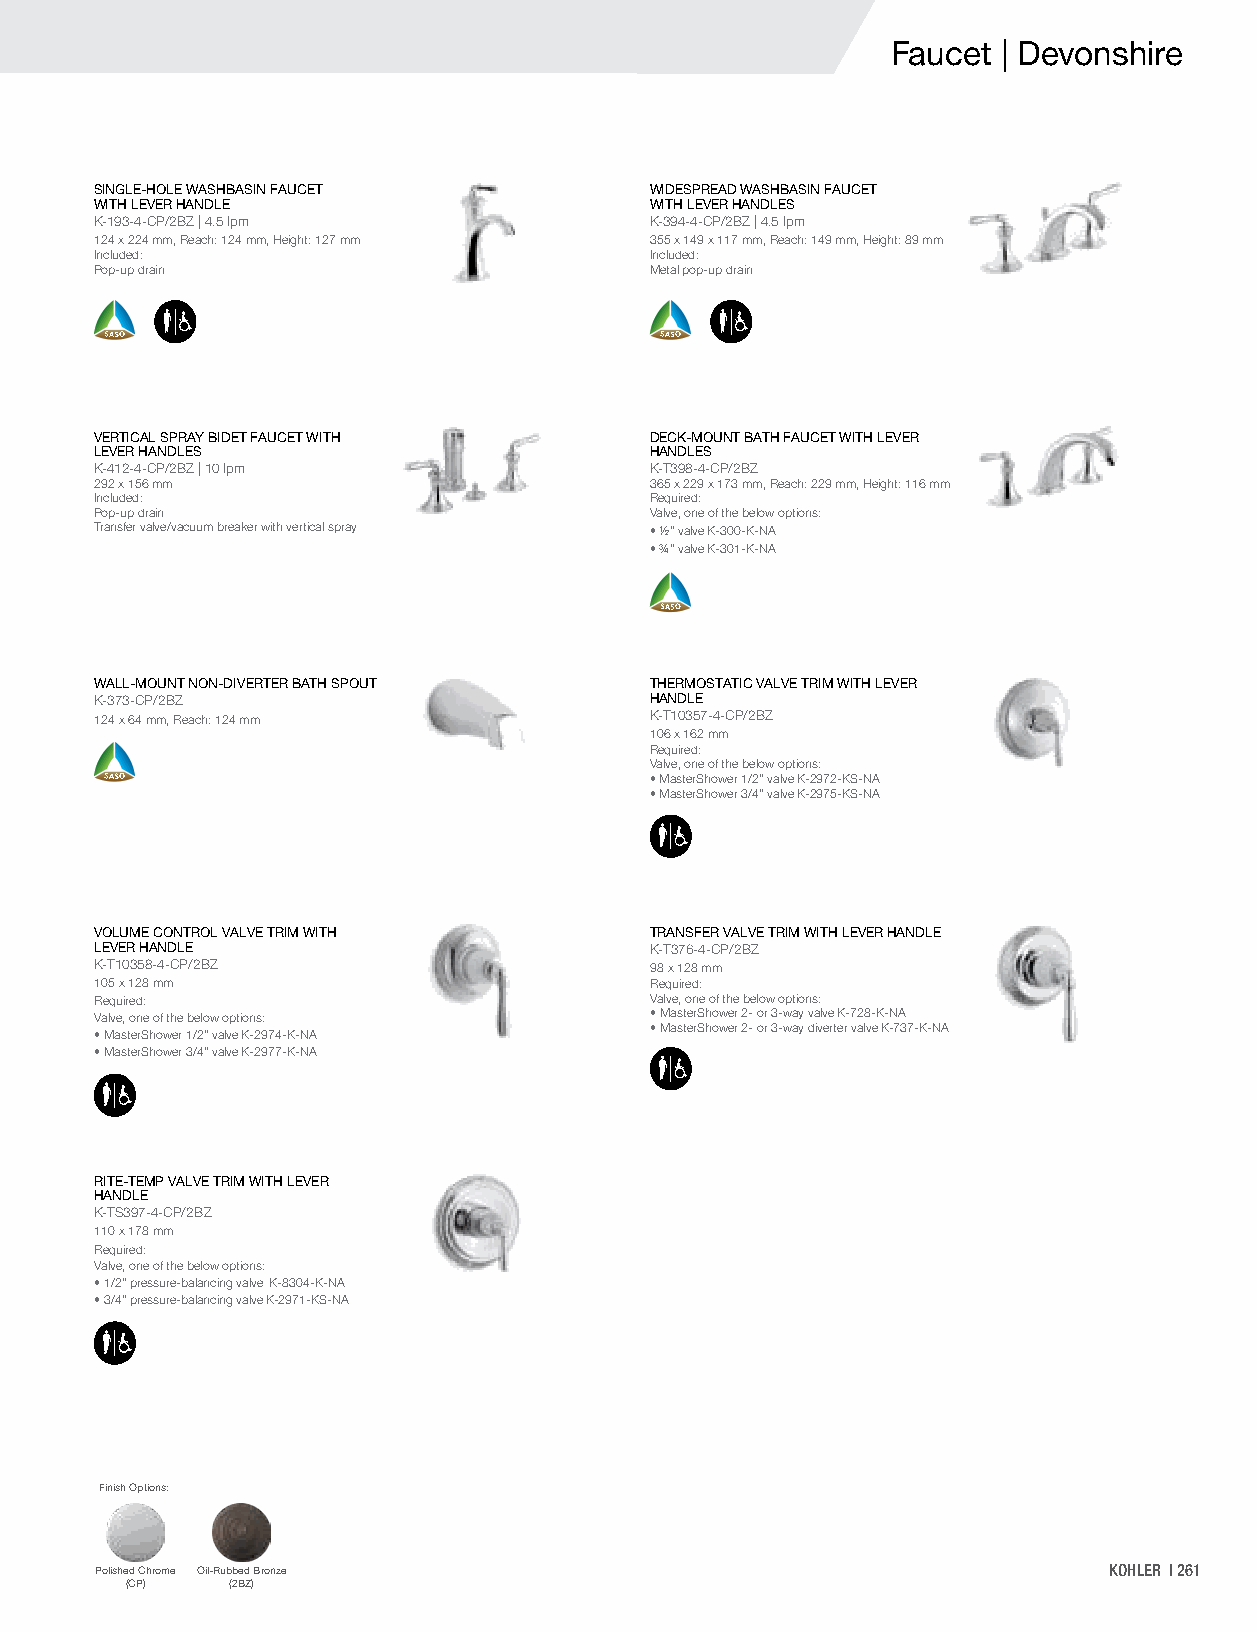
Faucet | Devonshire
 SINGLE-HOLE WASHBASIN FAUCET         WIDESPREAD WASHBASIN FAUCET
 WITH LEVER HANDLE                    WITH LEVER HANDLES
 K-193-4-CP/2BZ | 4.5 lpm             K-394-4-CP/2BZ | 4.5 lpm
 124 x 224 mm, Reach: 124 mm, Height: 127 mm 355 x 149 x 117 mm, Reach: 149 mm, Height: 89 mm
 Included:                            Included:
 Pop-up drain                         Metal pop-up drain
 VERTICAL SPRAY BIDET FAUCET WITH     DECK-MOUNT BATH FAUCET WITH LEVER
 LEVER HANDLES                        HANDLES
 K-412-4-CP/2BZ | 10 lpm              K-T398-4-CP/2BZ
 292 x 156 mm                         365 x 229 x 173 mm, Reach: 229 mm, Height: 116 mm
 Included:                            Required:
 Pop-up drain                         Valve, one of the below options:
 Transfer valve/vacuum breaker with vertical spray • ½" valve K-300-K-NA
 • ¾" valve K-301-K-NA
 WALL-MOUNT NON-DIVERTER BATH SPOUT   THERMOSTATIC VALVE TRIM WITH LEVER
 K-373-CP/2BZ                         HANDLE
 124 x 64 mm, Reach: 124 mm           K-T10357-4-CP/2BZ
 106 x 162 mm
 Required:
 Valve, one of the below options:
 • MasterShower 1/2" valve K-2972-KS-NA
 • MasterShower 3/4" valve K-2975-KS-NA
 VOLUME CONTROL VALVE TRIM WITH       TRANSFER VALVE TRIM WITH LEVER HANDLE
 LEVER HANDLE                         K-T376-4-CP/2BZ
 K-T10358-4-CP/2BZ                    98 x 128 mm
 105 x 128 mm                         Required:
 Required:                            Valve, one of the below options:
 Valve, one of the below options:     • MasterShower 2- or 3-way valve K-728-K-NA
 • MasterShower 2- or 3-way diverter valve K-737-K-NA
 • MasterShower 1/2" valve K-2974-K-NA
 • MasterShower 3/4" valve K-2977-K-NA
 RITE-TEMP VALVE TRIM WITH LEVER
 HANDLE
 K-TS397-4-CP/2BZ
 110 x 178 mm
 Required:
 Valve, one of the below options:
 • 1/2" pressure-balancing valve K-8304-K-NA
 • 3/4" pressure-balancing valve K-2971-KS-NA
 Finish Options:
 Polished Chrome Oil-Rubbed Bronze                                  KOHLER | 261
 (CP)   (2BZ)